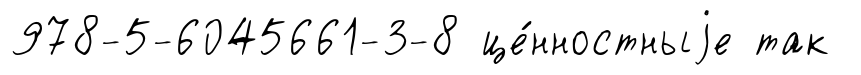
978-5-6045661-3-8 це́нностныjе так